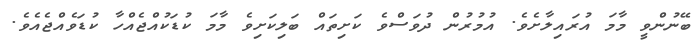
ބޭނުންވީ މާމަ އުރައިލާށެވެ. އުމުރުން ދުވަސްވެ ކަށިތައް ބަލިކަށިވެ މާމަ ކުޑަކުއްޖެއްހާ ކުޑަވެއްޖެއެވެ.